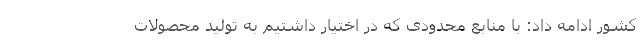
کشور ادامه داد: با منابع محدودی که در اختیار داشتیم به تولید محصولات